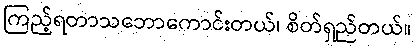
ကြည့်ရတာသဘောကောင်းတယ်၊ စိတ်ရှည်တယ်။